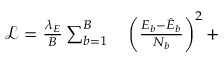
\begin{array} { r l } { \mathcal { L } = \frac { \lambda _ { E } } { B } \sum _ { b = 1 } ^ { B } } & { { } \left( \frac { E _ { b } - \hat { E } _ { b } } { N _ { b } } \right) ^ { 2 } + } \end{array}